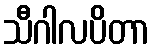
သီဂါလပိတာ